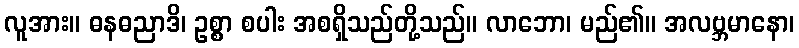
လူအား။ ဓနဓညာဒိ၊ ဥစ္စာ စပါး အစရှိသည်တို့သည်။ လာဘော၊ မည်၏။ အလဗ္ဘမာနော၊